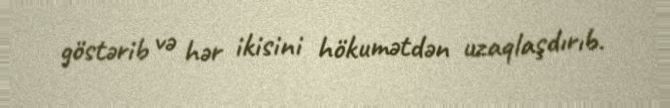
göstərib və hər ikisini hökumətdən uzaqlaşdırıb.